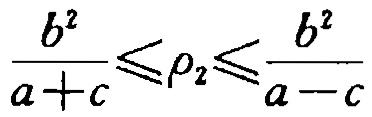
\frac{b^{2}}{a + c}\leqslant\rho_{2}\leqslant\frac{b^{2}}{a - c}